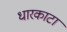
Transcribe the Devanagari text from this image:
धारकाटा